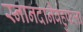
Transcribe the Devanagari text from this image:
स्नानदानैर्बहुफला